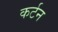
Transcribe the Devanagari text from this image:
कर्टन